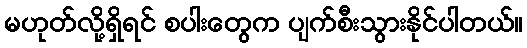
မဟုတ်လို့ရှိရင် စပါးတွေက ပျက်စီးသွားနိုင်ပါတယ်။